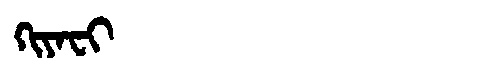
Manchu: ᡴᡳᠶᠠᠸᡳ
Romanization: KIYAFI